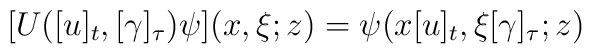
\lbrack U([u]_{t},[\gamma]_{\tau})\psi](x,\xi;z)=\psi(x[u]_{t},\xi\lbrack\gamma]_{\tau};z)